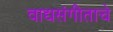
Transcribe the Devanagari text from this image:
वाद्यसंगीताचे